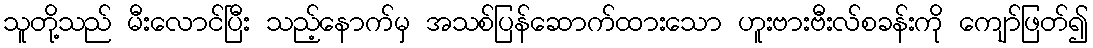
သူတို့သည် မီးလောင်ပြီး သည့်နောက်မှ အသစ်ပြန်ဆောက်ထားသော ဟူးဗားဗီးလ်စခန်းကို ကျော်ဖြတ်၍